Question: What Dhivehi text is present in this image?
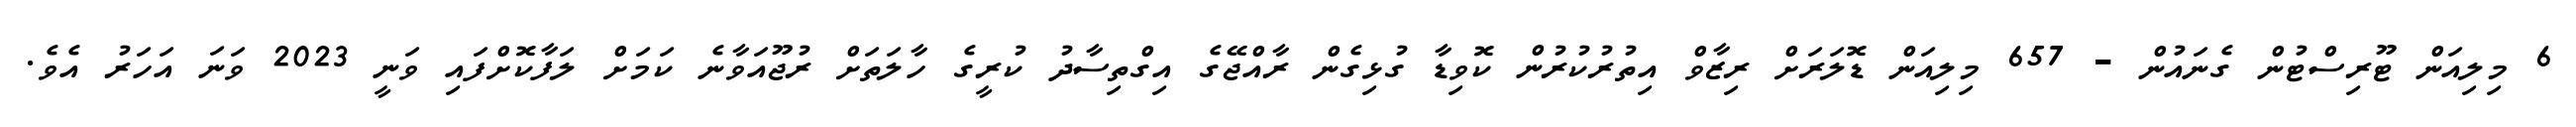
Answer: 6 މިލިއަން ޓޫރިސްޓުން ގެނައުން - 657 މިލިއަން ޑޮލަރަށް ރިޒާވް އިތުރުކުރުން ކޮވިޑާ ގުޅިގެން ރާއްޖޭގެ އިގްތިސާދު ކުރީގެ ހާލަތަށް ރުޖޫއަވާނެ ކަމަށް ލަފާކޮށްފައި ވަނީ 2023 ވަނަ އަހަރު އެވެ.